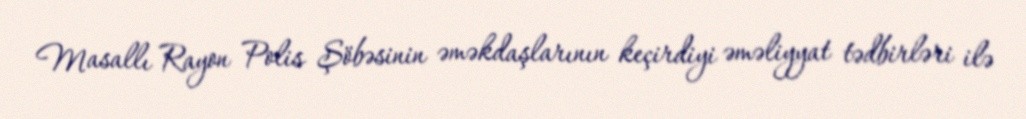
Masallı Rayon Polis Şöbəsinin əməkdaşlarının keçirdiyi əməliyyat tədbirləri ilə